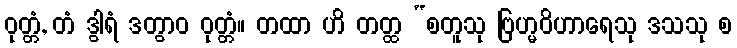
ဝုတ္တံ, တံ ဒွါရံ ဒတွာဝ ဝုတ္တံ။ တထာ ဟိ တတ္ထ “စတူသု ဗြဟ္မဝိဟာရေသု ဒသသု စ